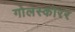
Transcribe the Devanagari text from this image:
गोलस्कोरर